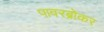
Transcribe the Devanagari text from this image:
पावरब्रोकर